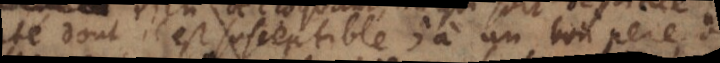
dont il est susceptible; à un bon pere